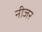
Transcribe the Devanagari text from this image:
नीजर